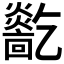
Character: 𤑓